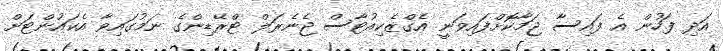
އަދި ފަހުން އެ ފައިސާ ޖަމާކޮށްފައިވަނީ އެގްޒެކިއުޓާސް ޖެނެރަލް ޓްރޭޑިންގެ ނަމުގައިވާ އެކައުންޓަށް